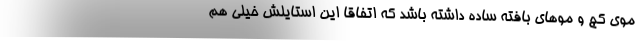
موی کج و موهای بافته ساده داشته باشد که اتفاقا این استایلش خیلی هم